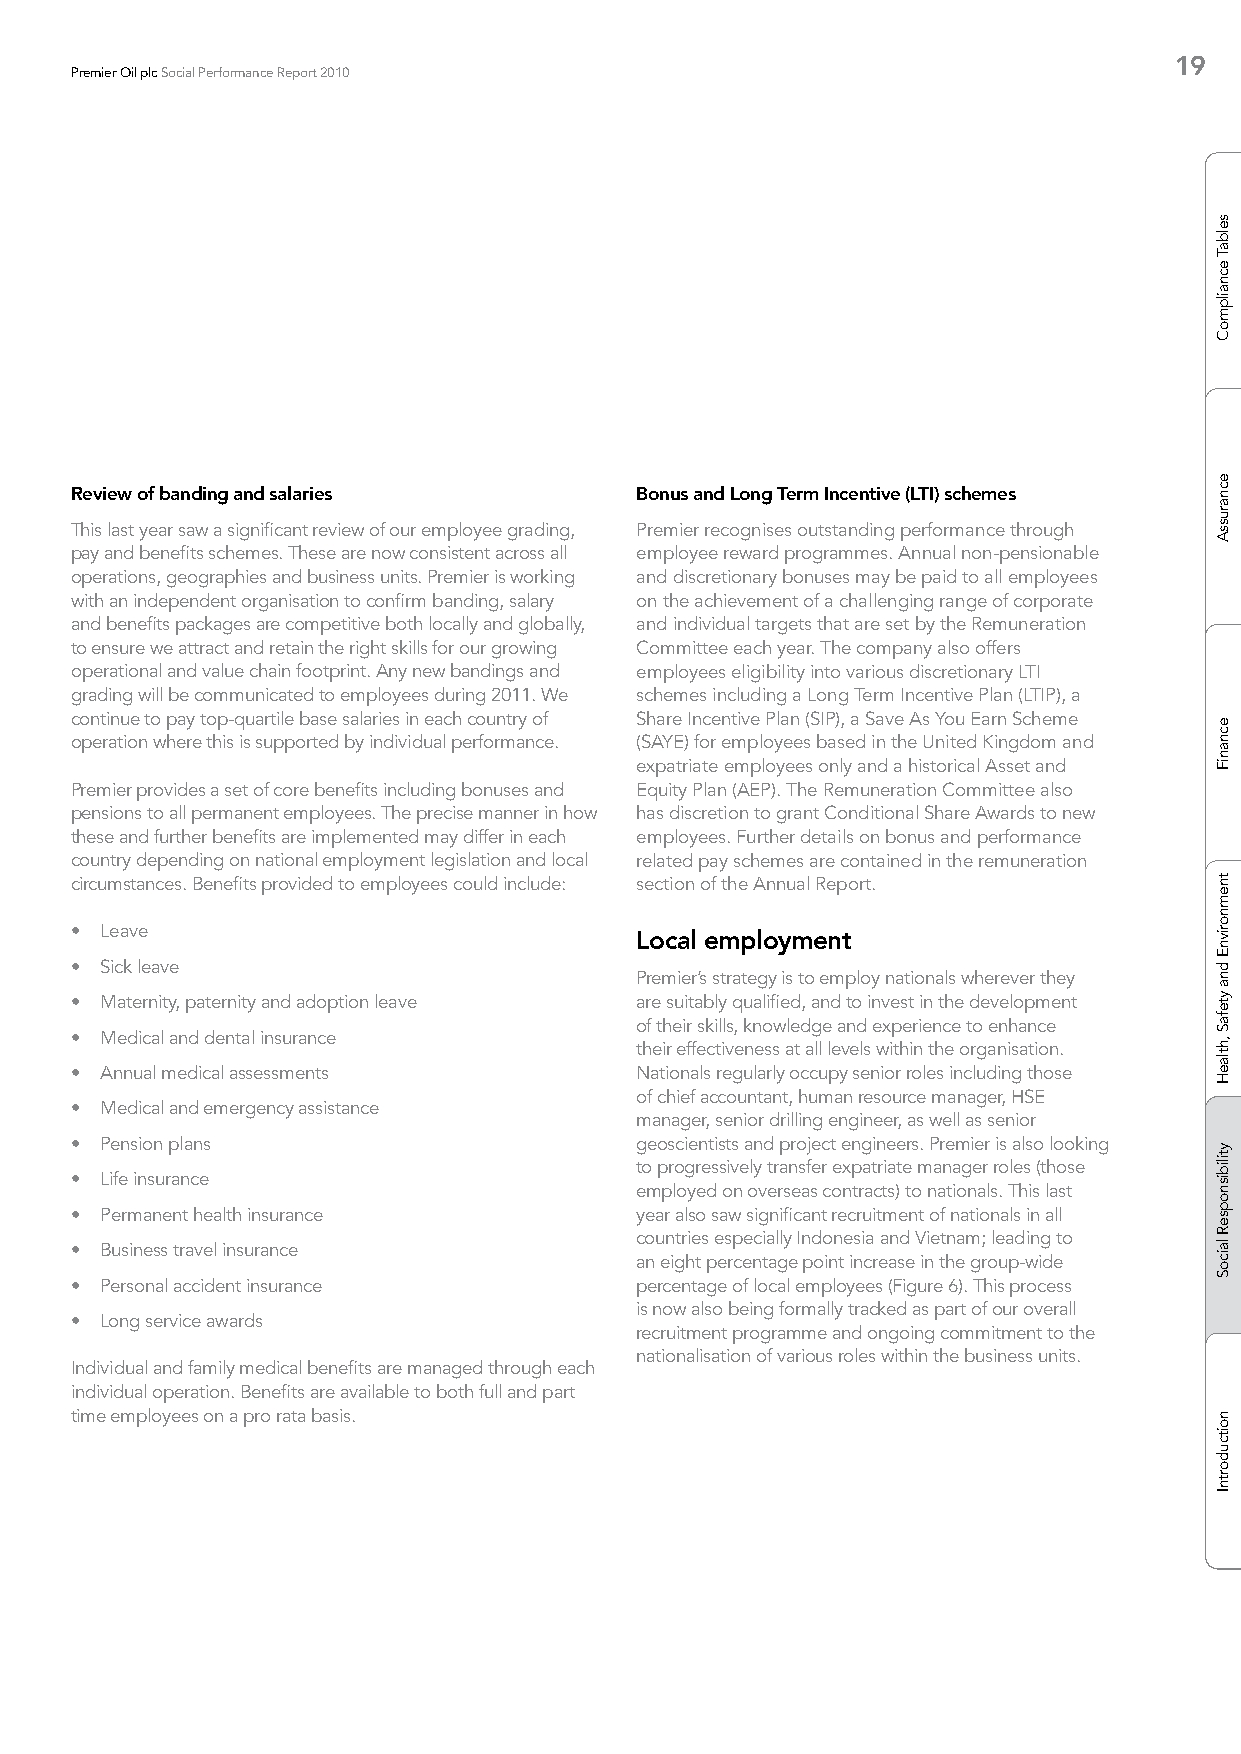
19
 Premier Oil plc Social Performance Report 2010
 Review of banding and salaries       Bonus and Long Term Incentive (LTI) schemes
 This last year saw a significant review of our employee grading, Premier recognises outstanding performance through
 pay and benefits schemes. These are now consistent across all employee reward programmes. Annual non-pensionable
 operations, geographies and business units. Premier is working and discretionary bonuses may be paid to all employees
 with an independent organisation to confirm banding, salary on the achievement of a challenging range of corporate
 and benefits packages are competitive both locally and globally, and individual targets that are set by the Remuneration
 to ensure we attract and retain the right skills for our growing Committee each year. The company also offers
 operational and value chain footprint. Any new bandings and employees eligibility into various discretionary LTI
 grading will be communicated to employees during 2011. We schemes including a Long Term Incentive Plan (LTIP), a
 continue to pay top-quartile base salaries in each country of Share Incentive Plan (SIP), a Save As You Earn Scheme
 operation where this is supported by individual performance. (SAYE) for employees based in the United Kingdom and
 expatriate employees only and a historical Asset and
 Premier provides a set of core benefits including bonuses and Equity Plan (AEP). The Remuneration Committee also
 pensions to all permanent employees. The precise manner in how has discretion to grant Conditional Share Awards to new
 these and further benefits are implemented may differ in each employees. Further details on bonus and performance
 country depending on national employment legislation and local related pay schemes are contained in the remuneration
 circumstances. Benefits provided to employees could include: section of the Annual Report.
 • Leave                              Local employment
 • Sick leave
 Premier’s strategy is to employ nationals wherever they
 • Maternity, paternity and adoption leave are suitably qualified, and to invest in the development
 of their skills, knowledge and experience to enhance
 • Medical and dental insurance
 their effectiveness at all levels within the organisation.
 • Annual medical assessments         Nationals regularly occupy senior roles including those
 of chief accountant, human resource manager, HSE
 • Medical and emergency assistance
 manager, senior drilling engineer, as well as senior
 • Pension plans                      geoscientists and project engineers. Premier is also looking
 to progressively transfer expatriate manager roles (those
 • Life insurance
 employed on overseas contracts) to nationals. This last
 • Permanent health insurance         year also saw significant recruitment of nationals in all
 countries especially Indonesia and Vietnam; leading to
 • Business travel insurance
 an eight percentage point increase in the group-wide
 • Personal accident insurance        percentage of local employees (Figure 6). This process
 is now also being formally tracked as part of our overall
 • Long service awards
 recruitment programme and ongoing commitment to the
 nationalisation of various roles within the business units.
 Individual and family medical benefits are managed through each
 individual operation. Benefits are available to both full and part
 time employees on a pro rata basis.
 selbaT
 ecnailpmoC
 ecnarussA
 ecnaniF
 tnemnorivnE
 dna
 ytefaS
 ,htlaeH
 ytilibisnopseR
 laicoS
 noitcudortnI